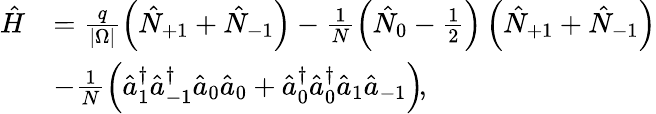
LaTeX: \begin{array}{rl}{\hat{H}}&{=\frac{q}{|\Omega|}\left(\hat{N}_{+1}+\hat{N}_{-1}\right)-\frac{1}{N}\left(\hat{N}_{0}-\frac{1}{2}\right)\left(\hat{N}_{+1}+\hat{N}_{-1}\right)}\\ &{-\frac{1}{N}\left(\hat{a}_{1}^{\dagger}\hat{a}_{-1}^{\dagger}\hat{a}_{0}\hat{a}_{0}+\hat{a}_{0}^{\dagger}\hat{a}_{0}^{\dagger}\hat{a}_{1}\hat{a}_{-1}\right)\! ,}\end{array}